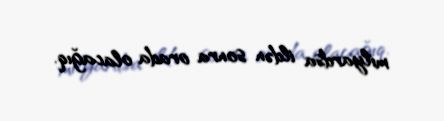
milyardsa ildən sonra orada olacağıq.